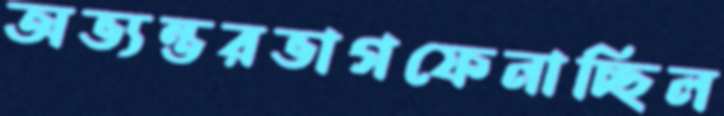
অভ্যন্তরভাগফেনাচ্ছিল